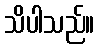
သိပါသည်။